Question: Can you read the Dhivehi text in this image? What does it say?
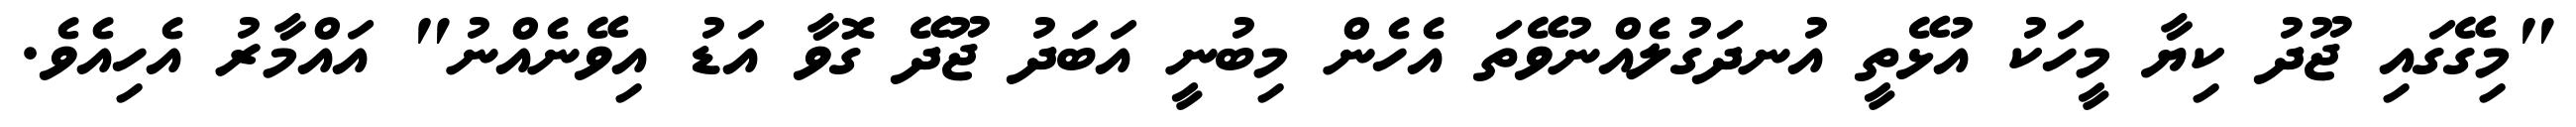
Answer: "މިގޭގައި ޖޫދު ކިޔާ މީހަކު އުޅޭތީ އުނދަގުލެއްނުވޭތަ އެހެން މިބުނީ އަބަދު ޖޫދޭ ގޮވާ އަޑު އިވޭނެއްނު" އައްމާރު އެހިއެވެ.